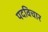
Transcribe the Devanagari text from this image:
पदविचार